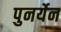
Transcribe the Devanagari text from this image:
पुनर्येन